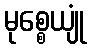
မုစ္စေယျုံ